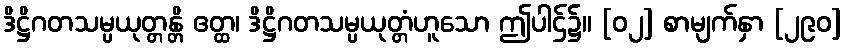
ဒိဋ္ဌိဂတသမ္ပယုတ္တန္တိ ဧတ္ထ၊ ဒိဋ္ဌိဂတသမ္ပယုတ္တံဟူသော ဤပါဌ်၌။ [၀၂] စာမျက်နှာ [၂၉၀]